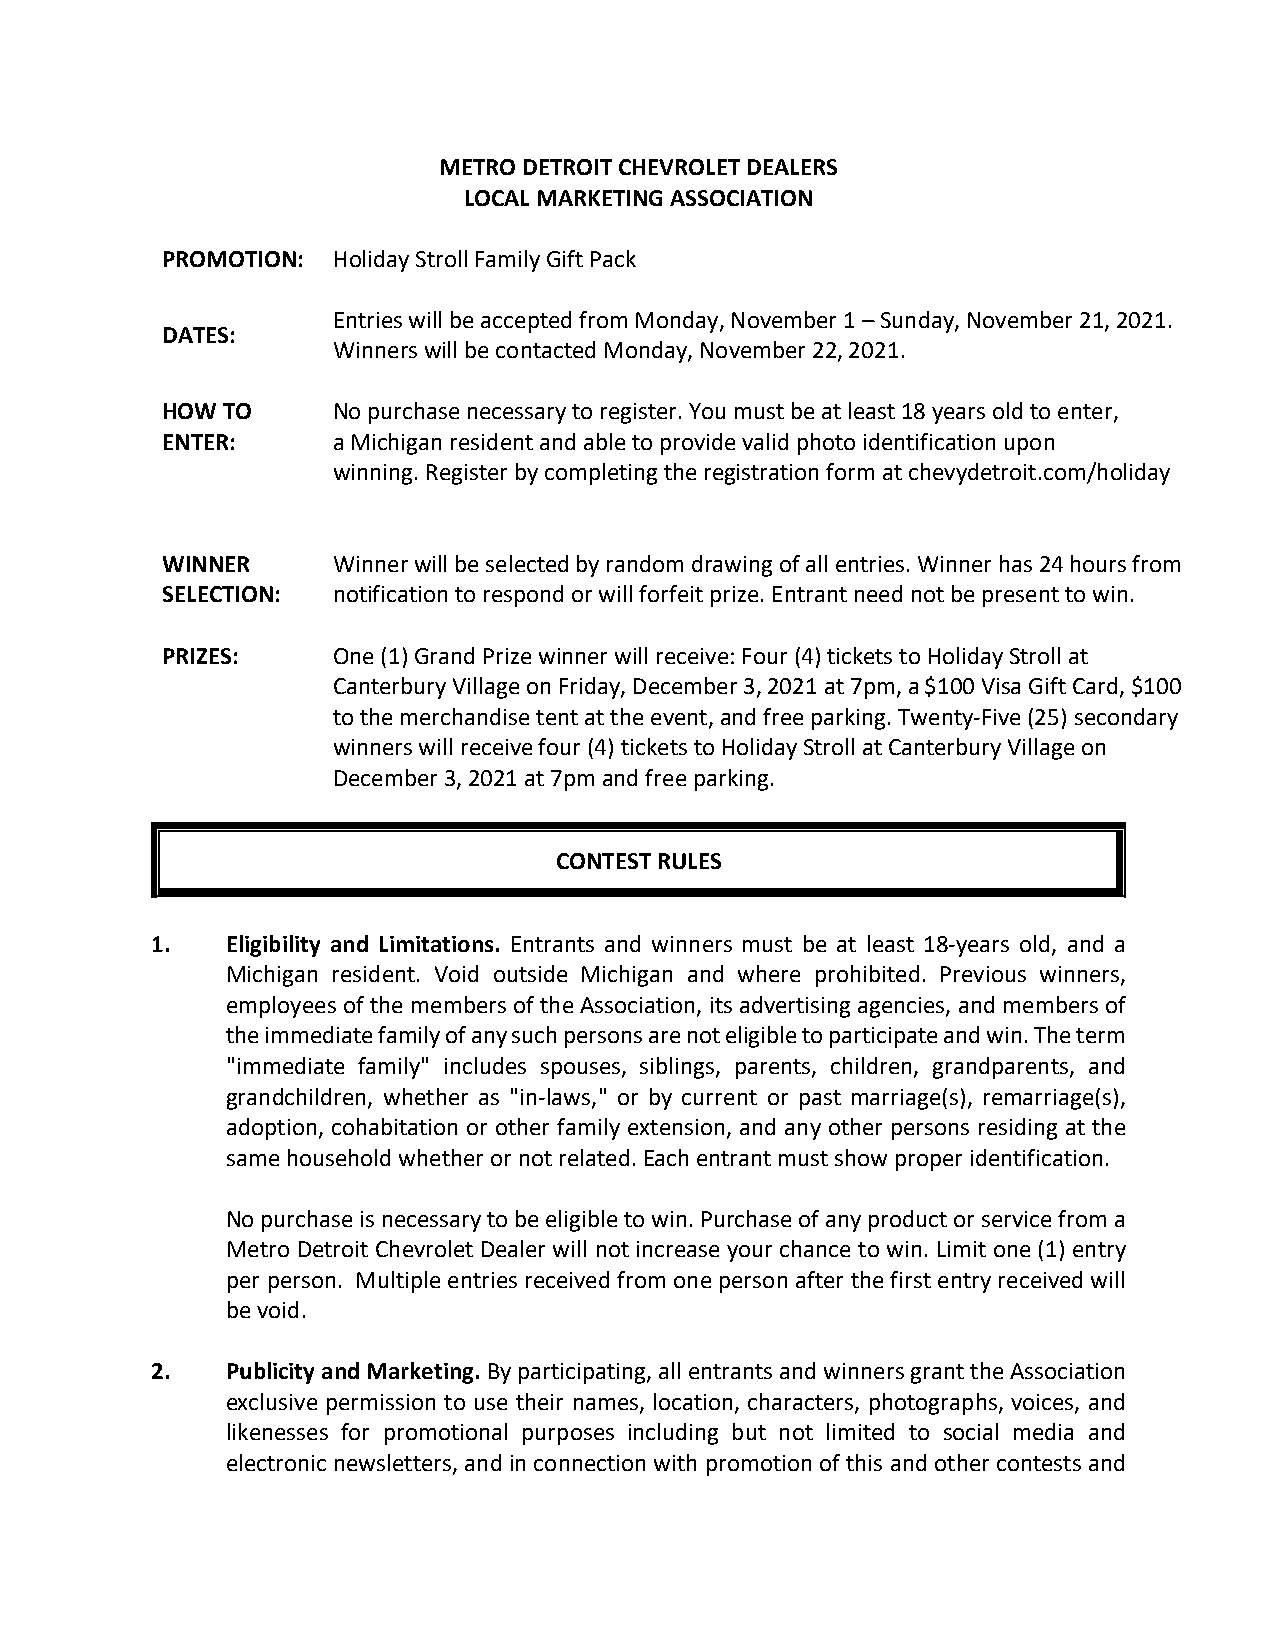
METRO DETROIT CHEVROLET DEALERS
 LOCAL MARKETING ASSOCIATION
 PROMOTION: Holiday Stroll Family Gift Pack
 Entries will be accepted from Monday, November 1 – Sunday, November 21, 2021.
 DATES:
 Winners will be contacted Monday, November 22, 2021.
 HOW TO     No purchase necessary to register. You must be at least 18 years old to enter,
 ENTER:     a Michigan resident and able to provide valid photo identification upon
 winning. Register by completing the registration form at chevydetroit.com/holiday
 WINNER     Winner will be selected by random drawing of all entries. Winner has 24 hours from
 SELECTION: notification to respond or will forfeit prize. Entrant need not be present to win.
 PRIZES:    One (1) Grand Prize winner will receive: Four (4) tickets to Holiday Stroll at
 Canterbury Village on Friday, December 3, 2021 at 7pm, a $100 Visa Gift Card, $100
 to the merchandise tent at the event, and free parking. Twenty-Five (25) secondary
 winners will receive four (4) tickets to Holiday Stroll at Canterbury Village on
 December 3, 2021 at 7pm and free parking.
 CONTEST RULES
 1.   Eligibility and Limitations. Entrants and winners must be at least 18-years old, and a
 Michigan resident. Void outside Michigan and where prohibited. Previous winners,
 employees of the members of the Association, its advertising agencies, and members of
 the immediate family of any such persons are not eligible to participate and win. The term
 "immediate family" includes spouses, siblings, parents, children, grandparents, and
 grandchildren, whether as "in-laws," or by current or past marriage(s), remarriage(s),
 adoption, cohabitation or other family extension, and any other persons residing at the
 same household whether or not related. Each entrant must show proper identification.
 No purchase is necessary to be eligible to win. Purchase of any product or service from a
 Metro Detroit Chevrolet Dealer will not increase your chance to win. Limit one (1) entry
 per person. Multiple entries received from one person after the first entry received will
 be void.
 2.   Publicity and Marketing. By participating, all entrants and winners grant the Association
 exclusive permission to use their names, location, characters, photographs, voices, and
 likenesses for promotional purposes including but not limited to social media and
 electronic newsletters, and in connection with promotion of this and other contests and